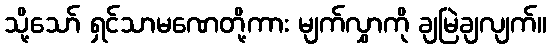
သို့သော် ရှင်သာမဏေတို့ကား မျက်လွှာကို ချမြဲချလျက်။